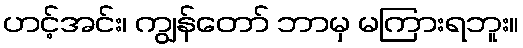
ဟင့်အင်း၊ ကျွန်တော် ဘာမှ မကြားရဘူး။